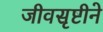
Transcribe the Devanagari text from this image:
जीवसृष्टीने